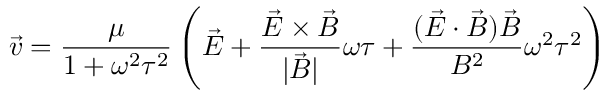
\vec { v } = \frac { \mu } { 1 + \omega ^ { 2 } \tau ^ { 2 } } \left( \vec { E } + \frac { \vec { E } \times \vec { B } } { | \vec { B } | } \omega \tau + \frac { ( \vec { E } \cdot \vec { B } ) \vec { B } } { B ^ { 2 } } \omega ^ { 2 } \tau ^ { 2 } \right)